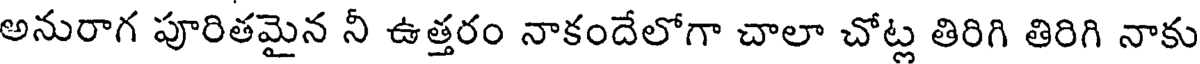
అనురాగ పూరితమైన నీ ఉత్తరం నాకందేలోగా చాలా చోట్ల తిరిగి తిరిగి నాకు